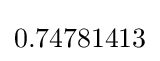
0.74781413